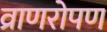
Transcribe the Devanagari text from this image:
व्राणरोपण